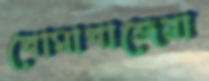
বোমাবাজেরা